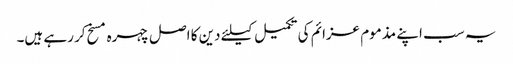
یہ سب اپنے مذموم عزائم کی تکمیل کیلئے دین کا اصل چہره مسخ کر رہے ہیں۔